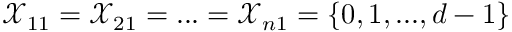
\mathcal { X } _ { 1 1 } = \mathcal { X } _ { 2 1 } = . . . = \mathcal { X } _ { n 1 } = \{ 0 , 1 , . . . , d - 1 \}